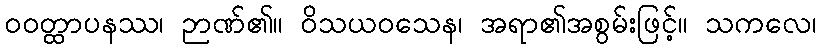
ဝဝတ္ထာပနဿ၊ ဉာဏ်၏။ ဝိသယဝသေန၊ အရာ၏အစွမ်းဖြင့်။ သကလေ၊